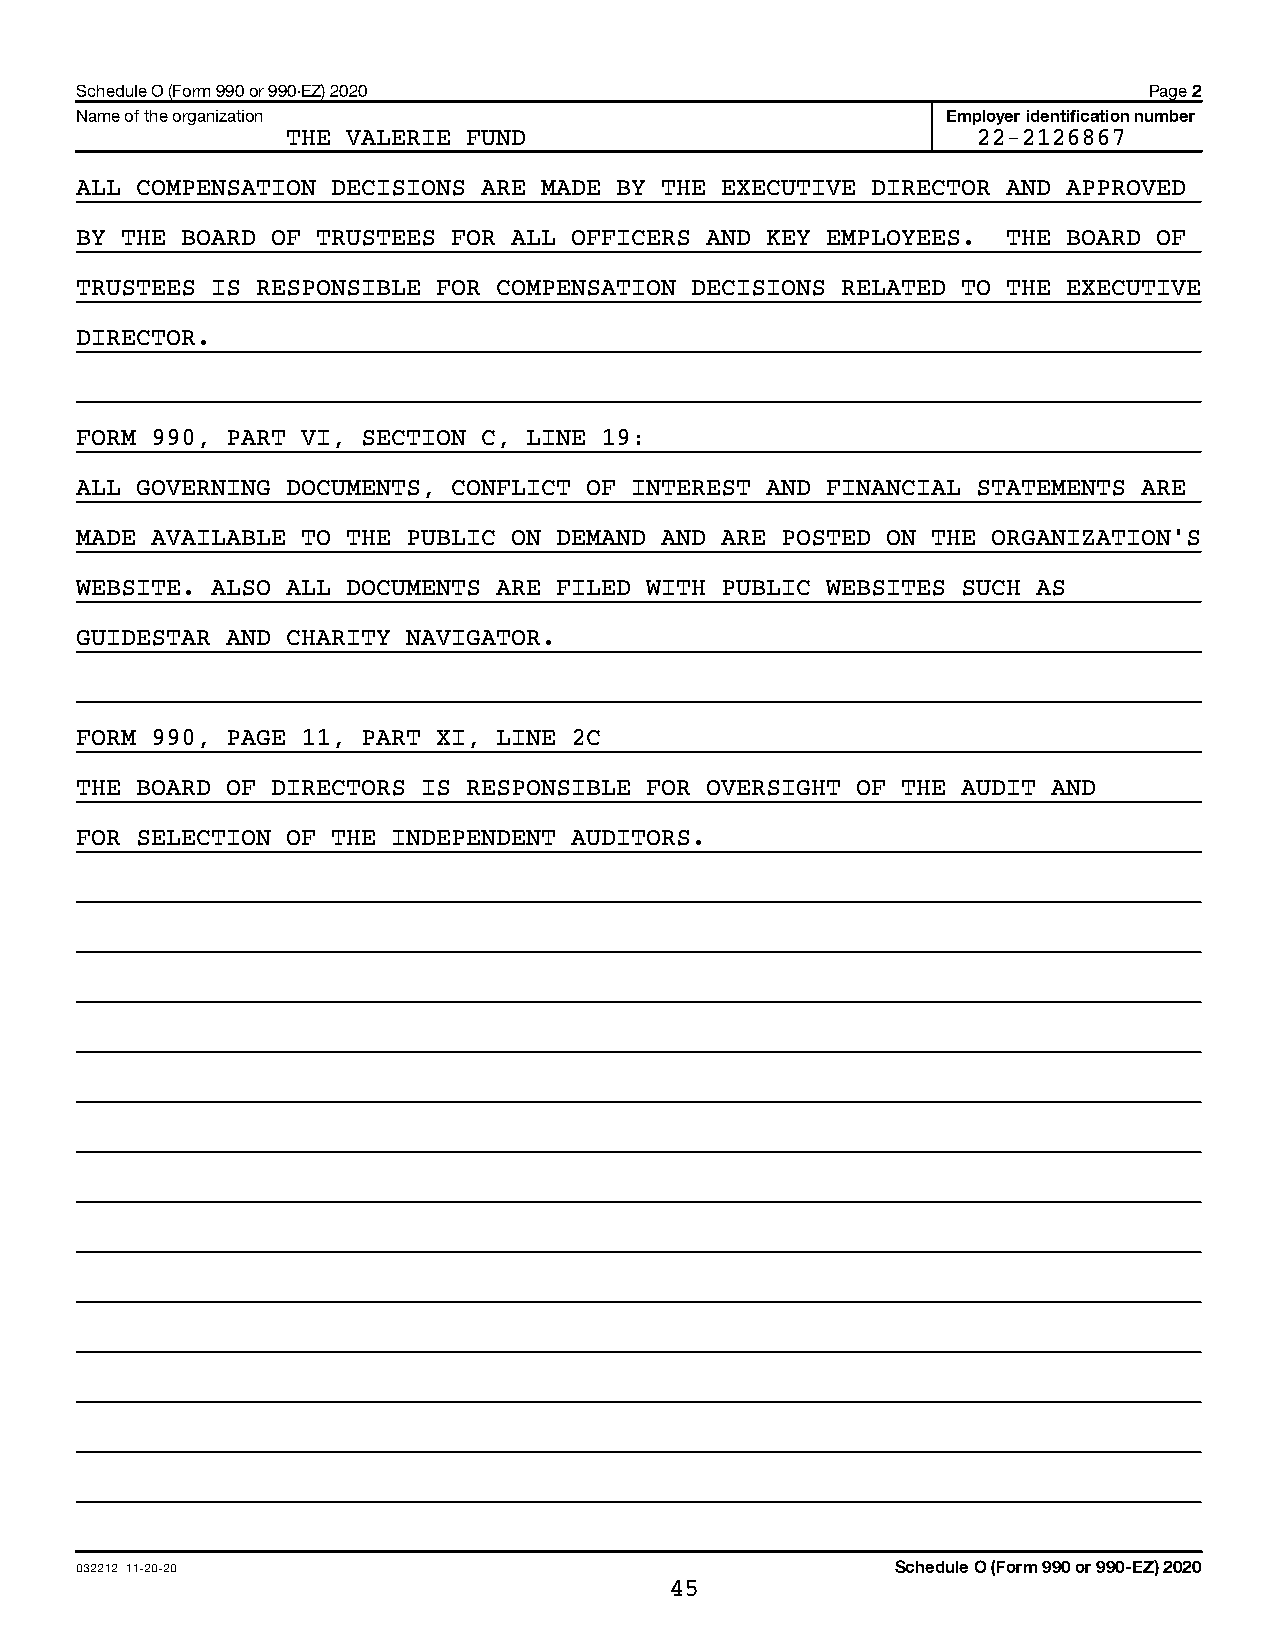
Schedule O (Form 990 or 990-EZ) 2020                                   Page 2
 Name of the organization                                  Employer identification number
 THE VALERIE FUND                              22-2126867
 ALL COMPENSATION DECISIONS ARE MADE BY THE EXECUTIVE DIRECTOR AND APPROVED
 BY THE BOARD OF TRUSTEES FOR ALL OFFICERS AND KEY EMPLOYEES.  THE BOARD OF
 TRUSTEES IS RESPONSIBLE FOR COMPENSATION DECISIONS RELATED TO THE EXECUTIVE
 DIRECTOR.
 FORM 990, PART VI, SECTION C, LINE 19:
 ALL GOVERNING DOCUMENTS, CONFLICT OF INTEREST AND FINANCIAL STATEMENTS ARE
 MADE AVAILABLE TO THE PUBLIC ON DEMAND AND ARE POSTED ON THE ORGANIZATION’S
 WEBSITE. ALSO ALL DOCUMENTS ARE FILED WITH PUBLIC WEBSITES SUCH AS
 GUIDESTAR AND CHARITY NAVIGATOR.
 FORM 990, PAGE 11, PART XI, LINE 2C
 THE BOARD OF DIRECTORS IS RESPONSIBLE FOR OVERSIGHT OF THE AUDIT AND
 FOR SELECTION OF THE INDEPENDENT AUDITORS.
 032212 11-20-20                                       Schedule O (Form 990 or 990-EZ) 2020
 45